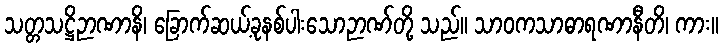
သတ္တသဋ္ဌိဉာဏာနိ၊ ခြောက်ဆယ့်ခုနစ်ပါးသောဉာဏ်တို့ သည်။ သာဝကသာဓာရဏာနီတိ၊ ကား။